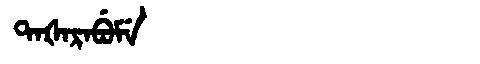
Manchu: ᡨᠠᡧᠠᡵᠠᠪᡠᠮᡝ
Romanization: TAŠARABUME